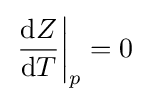
\left.{\frac {\mathrm {d} Z}{\mathrm {d} T}}\right|_{p}=0